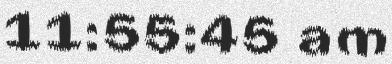
11:55:45 am